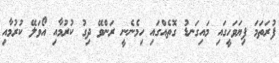
ފުރަތަމަ ފިޔަވަހީގައި މައިގަނޑު ގޮތެއްގައި ހިމެނެނީ ރަންވޭ ދިގު ކުރުމާއި އޯވަލޭ ކުރުމާއި